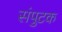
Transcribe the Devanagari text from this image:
संपुटक